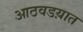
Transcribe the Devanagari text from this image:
आठवडय़ात